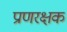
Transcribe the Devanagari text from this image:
प्राणरक्षक